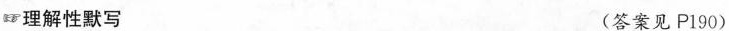
理解性默写 (答案见P190)